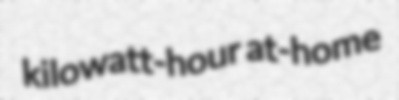
kilowatt-hour at-home